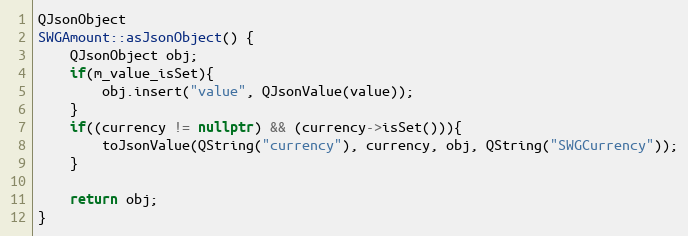
Language: C++
QJsonObject
SWGAmount::asJsonObject() {
    QJsonObject obj;
    if(m_value_isSet){
        obj.insert("value", QJsonValue(value));
    }
    if((currency != nullptr) && (currency->isSet())){
        toJsonValue(QString("currency"), currency, obj, QString("SWGCurrency"));
    }

    return obj;
}